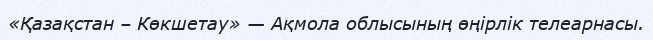
«Қазақстан – Көкшетау» — Ақмола облысының өңірлік телеарнасы.